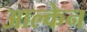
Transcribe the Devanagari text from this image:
आल्केन